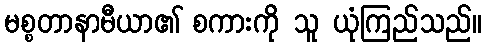
မစ္စတာနာမီယာ၏ စကားကို သူ ယုံကြည်သည်။